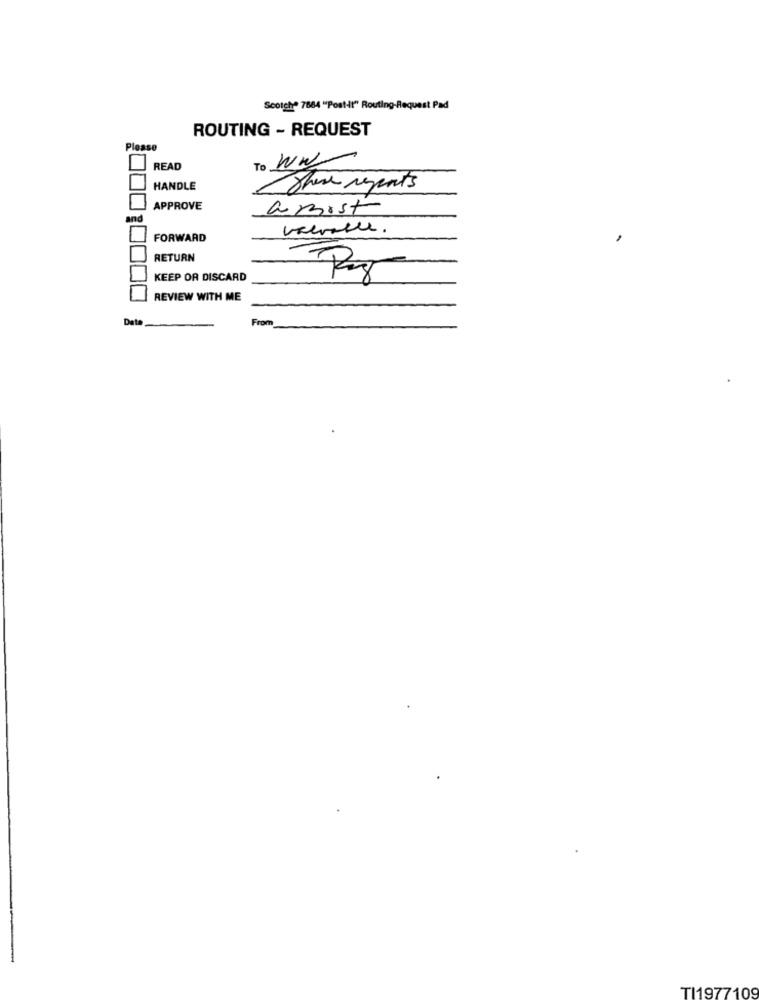
Scotch® 7884 "Post-it" Routing-Request Pad
ROUTING - REQUEST
Please
To WW
READ
HANDLE
Share reports
APPROVE
amist
ind
veeralle.
FORWARD
RETURN
KEEP OR DISCARD
REVIEW WITH ME
Det
From
TI1977109